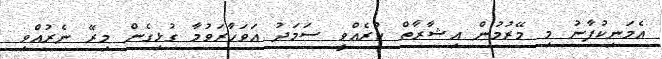
އެމަނިކުފާނު މި މޭރުމުން އިޝާރާތް ކުރެއްވީ ސަމަދު އަވަހާރަވުމާ ގުޅިގެން މިރޭ ނެރުއްވި